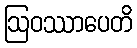
ဩဝဿာပေတိ